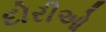
દોરીઓ